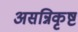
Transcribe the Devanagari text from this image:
असन्निकृष्ट